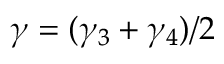
\gamma = ( \gamma _ { 3 } + \gamma _ { 4 } ) / 2